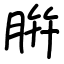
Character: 腁